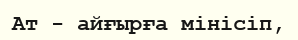
Ат - айғырға мінісіп,